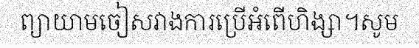
ព្យាយាមចៀសវាងការប្រើអំពើហិង្សា។សូម